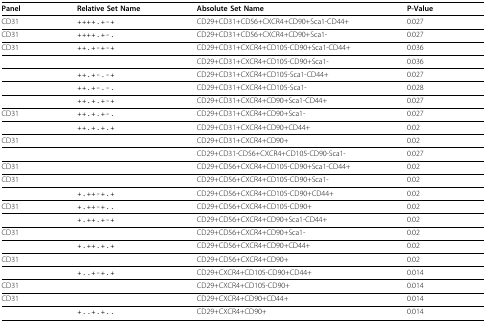
<table><thead><tr><td><b>Panel</b></td><td><b>Relative Set Name</b></td><td><b>Absolute Set Name</b></td><td><b>P-Value</b></td></tr></thead><tbody><tr><td>CD31</td><td>++++.+-+</td><td>CD29+CD31+CD56+CXCR4+CD90+Sca1-CD44+</td><td>0.027</td></tr><tr><td>CD31</td><td>++++.+-.</td><td>CD29+CD31+CD56+CXCR4+CD90+Sca1-</td><td>0.027</td></tr><tr><td>CD31</td><td>++.+-+-+</td><td>CD29+CD31+CXCR4+CD105-CD90+Sca1-CD44+</td><td>0.036</td></tr><tr><td>[EMPTY_CELL]</td><td>[EMPTY_CELL]</td><td>CD29+CD31+CXCR4+CD105-CD90+Sca1-</td><td>0.036</td></tr><tr><td>[EMPTY_CELL]</td><td>++.+-.-+</td><td>CD29+CD31+CXCR4+CD105-Sca1-CD44+</td><td>0.027</td></tr><tr><td>[EMPTY_CELL]</td><td>++.+-.-.</td><td>CD29+CD31+CXCR4+CD105-Sca1-</td><td>0.028</td></tr><tr><td>[EMPTY_CELL]</td><td>++.+.+-+</td><td>CD29+CD31+CXCR4+CD90+Sca1-CD44+</td><td>0.027</td></tr><tr><td>CD31</td><td>++.+.+-.</td><td>CD29+CD31+CXCR4+CD90+Sca1-</td><td>0.027</td></tr><tr><td>[EMPTY_CELL]</td><td>++.+.+.+</td><td>CD29+CD31+CXCR4+CD90+CD44+</td><td>0.02</td></tr><tr><td>CD31</td><td>[EMPTY_CELL]</td><td>CD29+CD31+CXCR4+CD90+</td><td>0.02</td></tr><tr><td>[EMPTY_CELL]</td><td>[EMPTY_CELL]</td><td>CD29+CD31-CD56+CXCR4+CD105-CD90-Sca1-</td><td>0.027</td></tr><tr><td>CD31</td><td>[EMPTY_CELL]</td><td>CD29+CD56+CXCR4+CD105-CD90+Sca1-CD44+</td><td>0.02</td></tr><tr><td>CD31</td><td>[EMPTY_CELL]</td><td>CD29+CD56+CXCR4+CD105-CD90+Sca1-</td><td>0.02</td></tr><tr><td>[EMPTY_CELL]</td><td>+.++-+.+</td><td>CD29+CD56+CXCR4+CD105-CD90+CD44+</td><td>0.02</td></tr><tr><td>CD31</td><td>+.++-+..</td><td>CD29+CD56+CXCR4+CD105-CD90+</td><td>0.02</td></tr><tr><td>[EMPTY_CELL]</td><td>+.++.+-+</td><td>CD29+CD56+CXCR4+CD90+Sca1-CD44+</td><td>0.02</td></tr><tr><td>CD31</td><td>[EMPTY_CELL]</td><td>CD29+CD56+CXCR4+CD90+Sca1-</td><td>0.02</td></tr><tr><td>[EMPTY_CELL]</td><td>+.++.+.+</td><td>CD29+CD56+CXCR4+CD90+CD44+</td><td>0.02</td></tr><tr><td>CD31</td><td>[EMPTY_CELL]</td><td>CD29+CD56+CXCR4+CD90+</td><td>0.02</td></tr><tr><td>[EMPTY_CELL]</td><td>+..+-+.+</td><td>CD29+CXCR4+CD105-CD90+CD44+</td><td>0.014</td></tr><tr><td>CD31</td><td>[EMPTY_CELL]</td><td>CD29+CXCR4+CD105-CD90+</td><td>0.014</td></tr><tr><td>CD31</td><td>[EMPTY_CELL]</td><td>CD29+CXCR4+CD90+CD44+</td><td>0.014</td></tr><tr><td>[EMPTY_CELL]</td><td>+..+.+..</td><td>CD29+CXCR4+CD90+</td><td>0.014</td></tr></tbody></table>